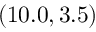
( 1 0 . 0 , 3 . 5 )